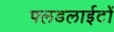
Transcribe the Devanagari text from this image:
फ्लडलाईटों